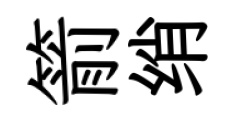
箭绡